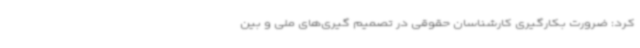
کرد: ضرورت بکارگیری کارشناسان حقوقی در تصمیم‌ گیری‌های ملی و بین